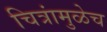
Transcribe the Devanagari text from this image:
चित्रांमुळेच